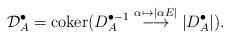
LaTeX: \begin{align*} \mathcal{D}_A^\bullet = \operatorname{coker}( D_A^{\bullet-1} \overset{\alpha \mapsto |\alpha E|}{\longrightarrow} |D_A^\bullet|).\end{align*}